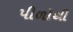
પીળોથી